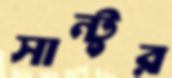
সান্টুর